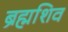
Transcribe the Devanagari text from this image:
ब्रह्मशिव